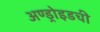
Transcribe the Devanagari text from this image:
अण्ड्रोइडची